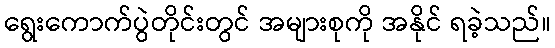
ရွေးကောက်ပွဲတိုင်းတွင် အများစုကို အနိုင် ရခဲ့သည်။